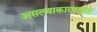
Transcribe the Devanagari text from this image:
असल्याकारणामुळे